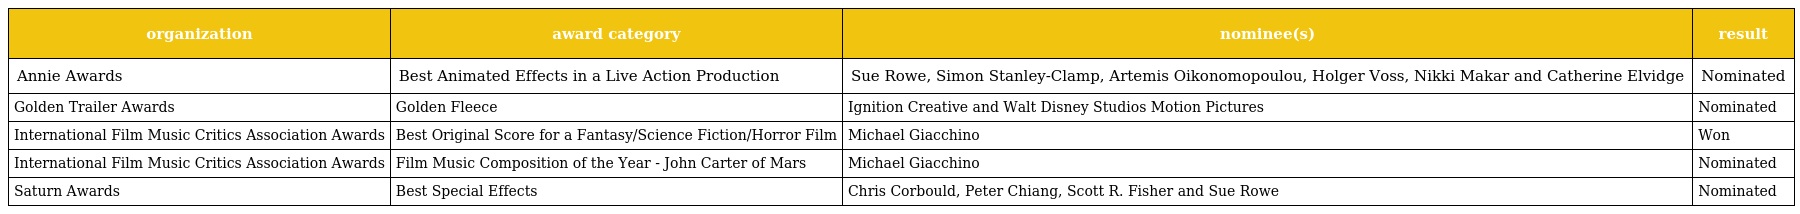
| organization | award category | nominee(s) | result |
 | --- | --- | --- | --- |
 | Annie Awards | Best Animated Effects in a Live Action Production | Sue Rowe, Simon Stanley-Clamp, Artemis Oikonomopoulou, Holger Voss, Nikki Makar and Catherine Elvidge | Nominated |
 | Golden Trailer Awards | Golden Fleece | Ignition Creative and Walt Disney Studios Motion Pictures | Nominated |
 | International Film Music Critics Association Awards | Best Original Score for a Fantasy/Science Fiction/Horror Film | Michael Giacchino | Won |
 | International Film Music Critics Association Awards | Film Music Composition of the Year - John Carter of Mars | Michael Giacchino | Nominated |
 | Saturn Awards | Best Special Effects | Chris Corbould, Peter Chiang, Scott R. Fisher and Sue Rowe | Nominated |